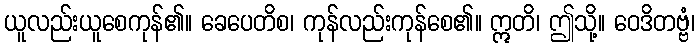
ယူလည်းယူစေကုန်၏။ ခေပေတိစ၊ ကုန်လည်းကုန်စေ၏။ ဣတိ၊ ဤသို့။ ဝေဒိတဗ္ဗံ၊